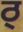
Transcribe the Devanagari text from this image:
ठ्‌